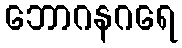
ဘောဂနဂရေ